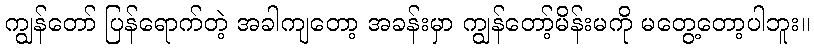
ကျွန်တော် ပြန်ရောက်တဲ့ အခါကျတော့ အခန်းမှာ ကျွန်တော့်မိန်းမကို မတွေ့တော့ပါဘူး။